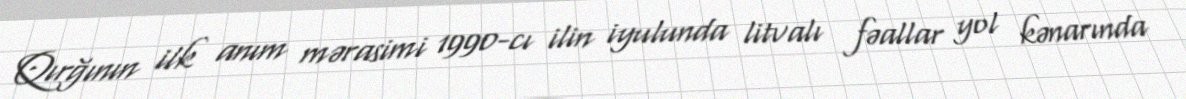
Qırğının ilk anım mərasimi 1990-cı ilin iyulunda litvalı fəallar yol kənarında